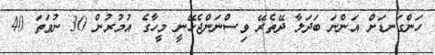
ހަންގަނޑަށް އަންނަ ބަދަލާ ދޭތެރޭ ވިސްނަންޖެހޭނީ މީހާގެ އުމުރުން 30 ނުވަތަ 40